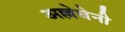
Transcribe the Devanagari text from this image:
अल्लेघेनी